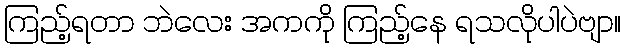
ကြည့်ရတာ ဘဲလေး အကကို ကြည့်နေ ရသလိုပါပဲဗျာ။